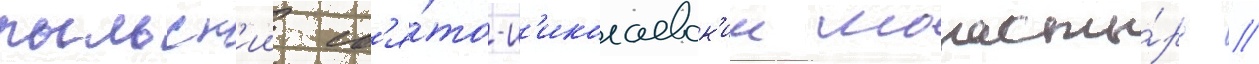
рыльск'ии св'я́то-н'иколаевск'ии монасты́рь /